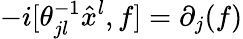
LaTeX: -i[\theta_{jl}^{-1}\hat{x}^{l},f]=\partial_{j}(f)